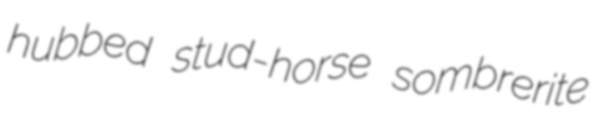
hubbed stud-horse sombrerite